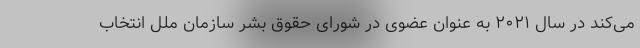
می‌کند در سال ۲۰۲۱ به عنوان عضوی در شورای حقوق بشر سازمان ملل انتخاب